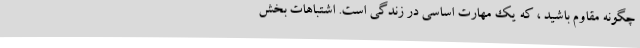
چگونه مقاوم باشید ، که یک مهارت اساسی در زندگی است. اشتباهات بخش